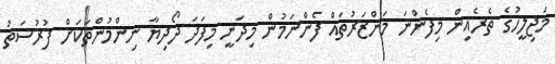
މަޖިލީހުގެ ތެރެއިން މިފެންނަ މަންޒަރުތައް ފެންނަމުން މިދަނީ މިފަދަ ދޯދިޔާ ނިންމުންތަކަށް ފުރުސަތު